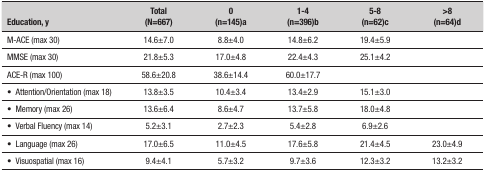
<table><thead><tr><td><b>Education, y</b></td><td><b>Total (N=667)</b></td><td><b>0 (n=145)a</b></td><td><b>1-4 (n=396)b</b></td><td><b>5-8 (n=62)c</b></td><td><b>&gt;8 (n=64)d</b></td></tr></thead><tbody><tr><td>M-ACE (max 30)</td><td>14.6±7.0</td><td>8.8±4.0</td><td>14.8±6.2</td><td>19.4±5.9</td><td>[EMPTY_CELL]</td></tr><tr><td>MMSE (max 30)</td><td>21.8±5.3</td><td>17.0±4.8</td><td>22.4±4.3</td><td>25.1±4.2</td><td>[EMPTY_CELL]</td></tr><tr><td>ACE-R (max 100)</td><td>58.6±20.8</td><td>38.6±14.4</td><td>60.0±17.7</td><td>[EMPTY_CELL]</td><td>[EMPTY_CELL]</td></tr><tr><td>• Attention/Orientation (max 18)</td><td>13.8±3.5</td><td>10.4±3.4</td><td>13.4±2.9</td><td>15.1±3.0</td><td>[EMPTY_CELL]</td></tr><tr><td>• Memory (max 26)</td><td>13.6±6.4</td><td>8.6±4.7</td><td>13.7±5.8</td><td>18.0±4.8</td><td>[EMPTY_CELL]</td></tr><tr><td>• Verbal Fluency (max 14)</td><td>5.2±3.1</td><td>2.7±2.3</td><td>5.4±2.8</td><td>6.9±2.6</td><td>[EMPTY_CELL]</td></tr><tr><td>• Language (max 26)</td><td>17.0±6.5</td><td>11.0±4.5</td><td>17.6±5.8</td><td>21.4±4.5</td><td>23.0±4.9</td></tr><tr><td>• Visuospatial (max 16)</td><td>9.4±4.1</td><td>5.7±3.2</td><td>9.7±3.6</td><td>12.3±3.2</td><td>13.2±3.2</td></tr></tbody></table>